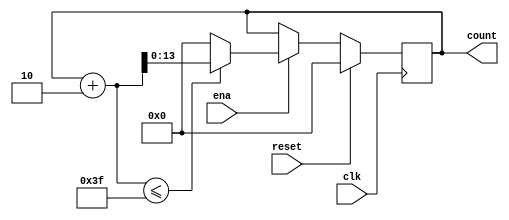
`define SIMULATION_MEMORY

module counter_63_2 (
	input clk,
	input reset,
	input ena,
	output reg [13:0] count
);

always @ (posedge clk) begin 
	if (reset) begin
		count <= 0;
	end else if (ena) begin
		if((count + 2) <= 63) begin
			count <= count + 2;
		end else begin
			count <= 14'd0;
		end
	end
end

endmodule